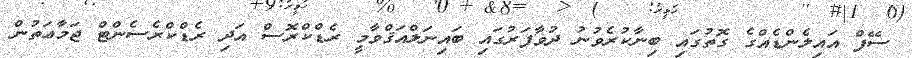
ސޭފް އައިލެންޑެއްގެ ގޮތުގައި ބިނާކުރެވުނު ދުވާފަރުގައި ބައިނަލްއަޤްވާމީ ރެޑްކްރޮސް އަދި ރެޑްކްރެސެންޓް ޖަމާޢަތުން